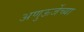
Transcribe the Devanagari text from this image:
अणुऊर्जेच्या